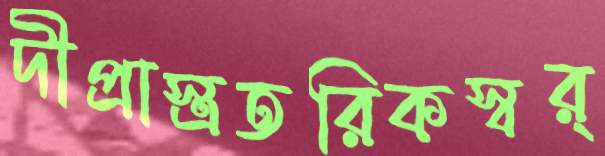
দীপ্রাস্ত্রতরিকস্বর্